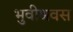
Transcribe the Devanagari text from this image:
भुवीश्रवस